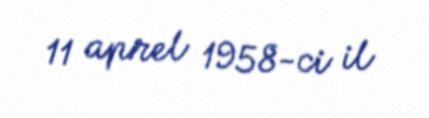
11 aprel 1958-ci il